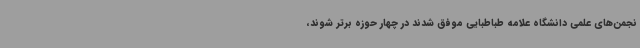
نجمن‌های علمی دانشگاه علامه طباطبایی موفق شدند در چهار حوزه برتر شوند،